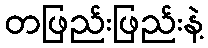
တဖြည်းဖြည်းနဲ့